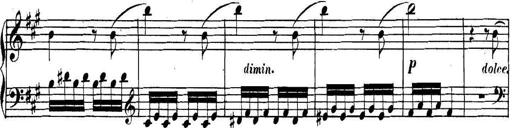
Title: Collected Piano Sonatas
Composer: Muzio Clementi